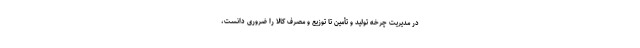
در مدیریت چرخه تولید و تأمین تا توزیع و مصرف کالا را ضروری دانست،